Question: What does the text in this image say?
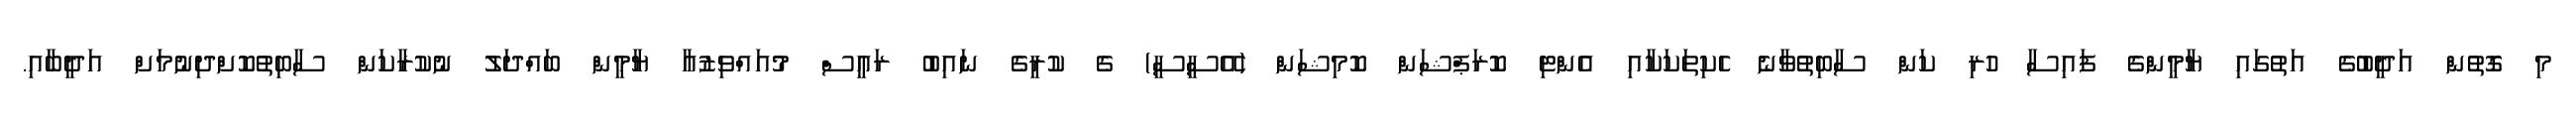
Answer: މި ގޮތުން އަދީބުގެ އަތުގައި ޔާމީންގެ ފައިސާ ހުރި ކަން ސާބިތުވާނެ ހެކިތަކަކާއި އެންޓި ކޮރަޕްޝަން ކޮމިޝަން (އޭސީސީ) ގެ ކުރީގެ ނައިބު ރައީސް މުއައްވިޒުއާ ޔާމީން ބައްދަލު ނުކުރާކަން ސާބިތުކޮށްދިނުމަށް އަދީބާއި.